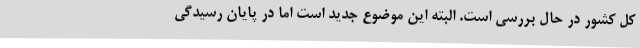
کل کشور در حال بررسی است. البته این موضوع جدید است اما در پایان رسیدگی